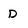
Character: D